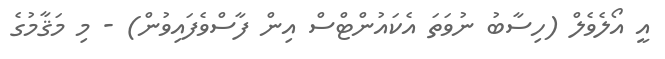
އީ އޯލެވެލް (ހިސާބު ނުވަތަ އެކައުންޓްސް އިން ފާސްވެފައިވުން) - މި މަޤާމުގެ